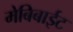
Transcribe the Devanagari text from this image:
मेबिबाईट